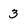
Character: 3